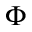
\Phi